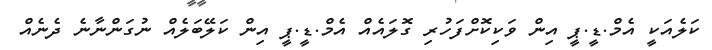
ކަލެއަކީ އެމް.ޑީ.ޕީ އިން ވަކިކޮށްފަހުރި ގޮލައެއް އެމް.ޑީ.ޕީ އިން ކަލޭބަލެއް ނުގަންނާނެ ދެނެއް